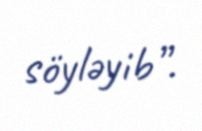
söyləyib”.